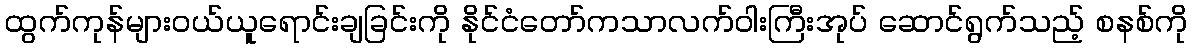
ထွက်ကုန်များဝယ်ယူရောင်းချခြင်းကို နိုင်ငံတော်ကသာလက်ဝါးကြီးအုပ် ဆောင်ရွက်သည့် စနစ်ကို